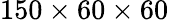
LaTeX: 150\times 60\times 60